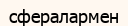
сфералармен